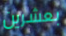
بعشرين